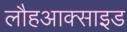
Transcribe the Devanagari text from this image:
लौहआक्साइड